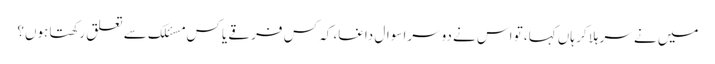
میں نے سر ہلا کر ہاں کہا، تو اس نے دوسرا سوال داغا، کہ کس فرقے یا کس مسئلک سے تعلق رکھتا ہوں؟